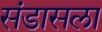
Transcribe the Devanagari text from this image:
संडासला